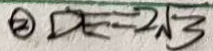
\textcircled { 2 } D E = 2 \sqrt { 3 }